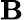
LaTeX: \textbf{B}